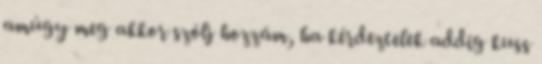
amúgy meg akkor szólj hozzám, ha kérdeztelek addig kuss